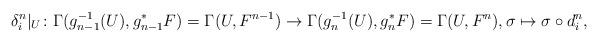
LaTeX: \begin{align*}\delta^n_i|_U\colon \Gamma(g_{n-1}^{-1}(U), g_{n-1}^* F) = \Gamma(U, F^{n-1}) \to \Gamma(g_{n}^{-1}(U), g_n^* F) = \Gamma(U, F^n), \sigma \mapsto \sigma \circ d^n_i,\end{align*}